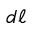
d \ell